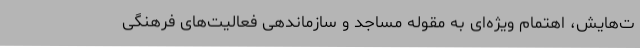
ت‌هایش، اهتمام ویژه‌ای به مقوله مساجد و سازماندهی فعالیت‌های فرهنگی